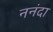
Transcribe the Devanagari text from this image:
ननंदा